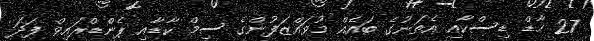
27 ހާޑް ޑިސްކާއި އެތަނުގެ ބައެއް މުވައްޒަފުންގެ ސިމް ކާޑާއި ޕެންޑްރައިވް ފަދަ